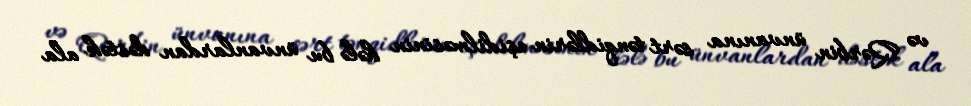
və Qərbin ünvanına sərt tənqidlərin eşidilməsinin hələ bu ünvanlardan dəstək ala